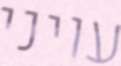
עויני